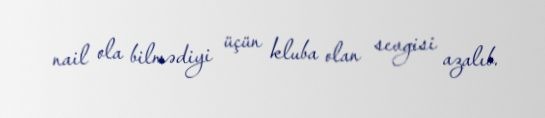
nail ola bilmədiyi üçün kluba olan sevgisi azalıb.